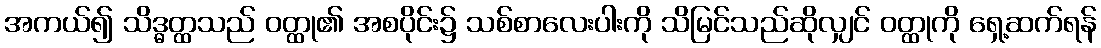
အကယ်၍ သိဒ္ဓတ္ထသည် ဝတ္ထု၏ အစပိုင်း၌ သစ်စာလေးပါးကို သိမြင်သည်ဆိုလျှင် ဝတ္ထုကို ရှေ့ဆက်ရန်